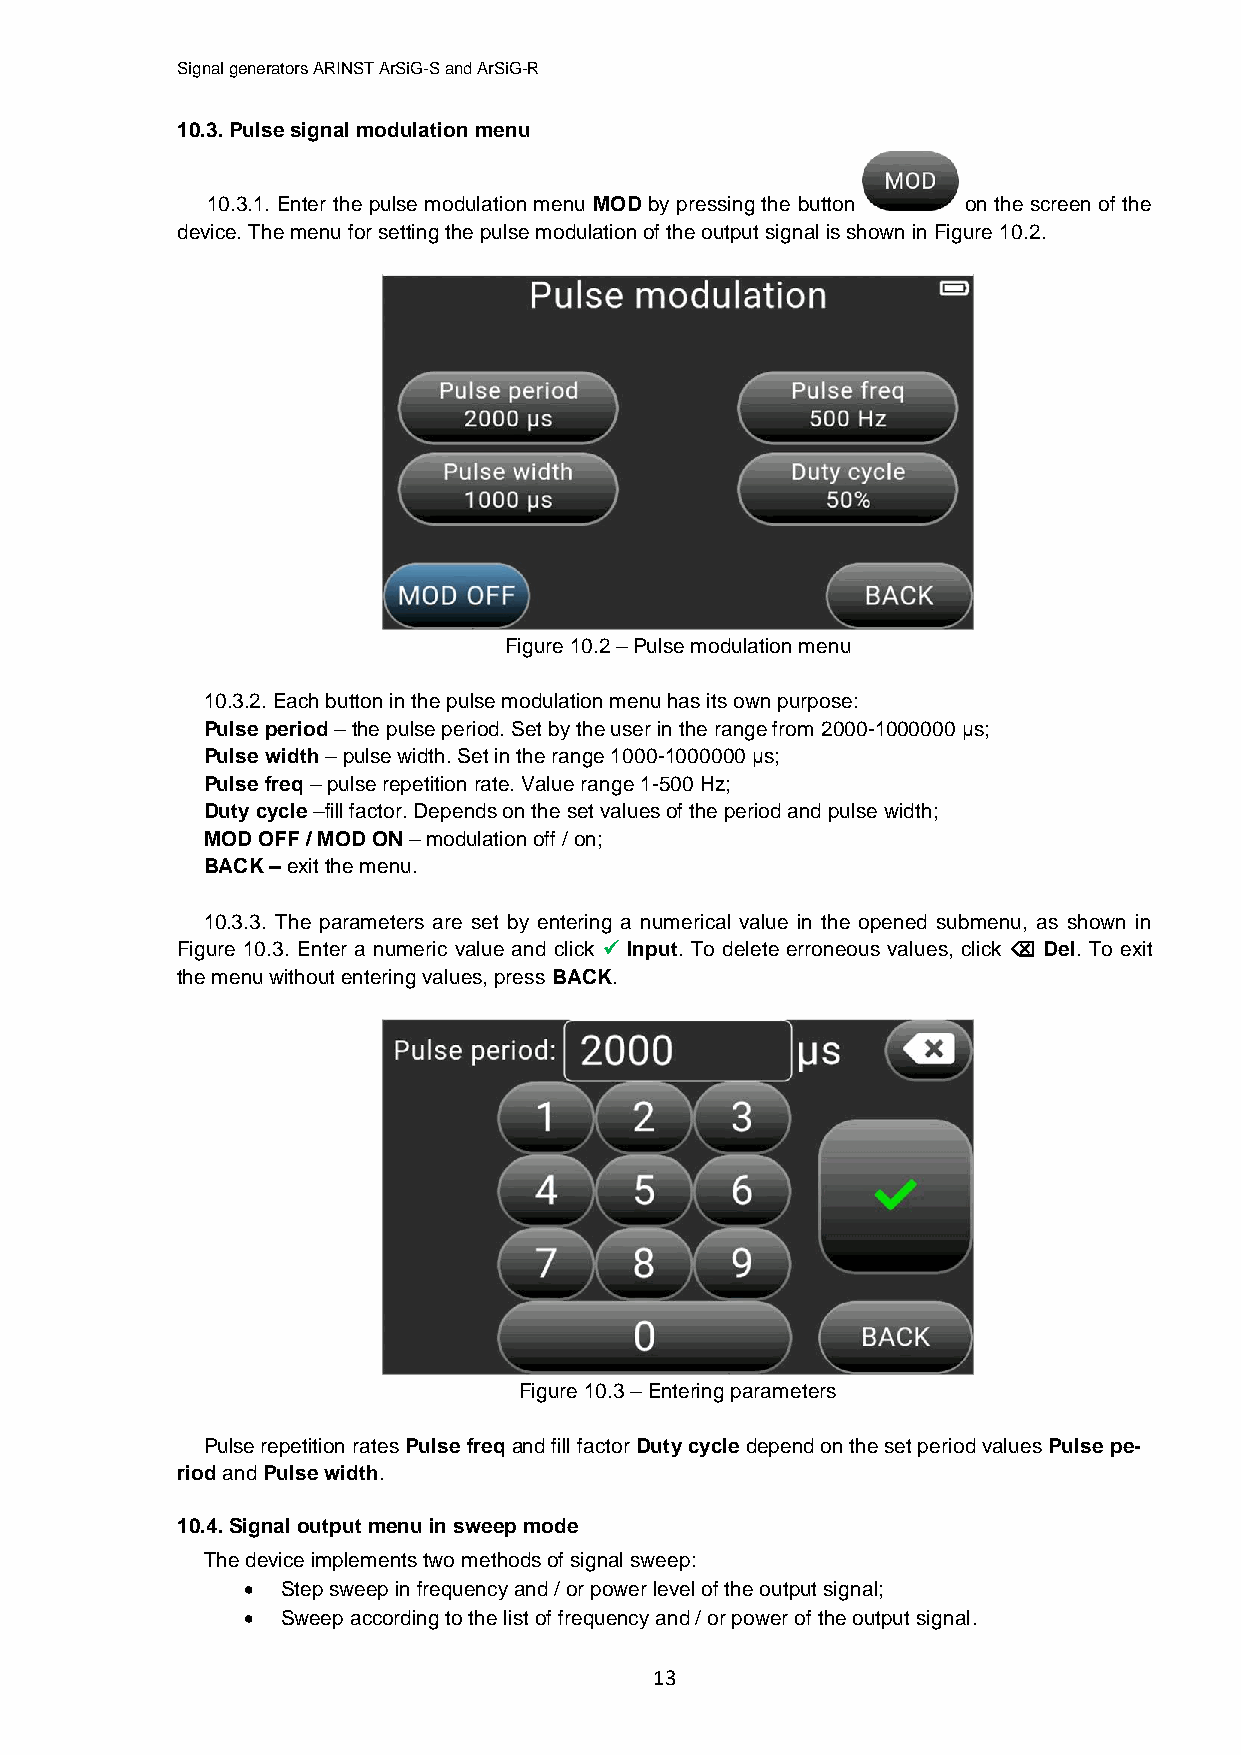
Signal generators ARINST ArSiG-S and ArSiG-R
 10.3. Pulse signal modulation menu
 10.3.1. Enter the pulse modulation menu MOD by pressing the button on the screen of the
 device. The menu for setting the pulse modulation of the output signal is shown in Figure 10.2.
 Figure 10.2 – Pulse modulation menu
 10.3.2. Each button in the pulse modulation menu has its own purpose:
 Pulse period – the pulse period. Set by the user in the range from 2000-1000000 μs;
 Pulse width – pulse width. Set in the range 1000-1000000 μs;
 Pulse freq – pulse repetition rate. Value range 1-500 Hz;
 Duty cycle –fill factor. Depends on the set values of the period and pulse width;
 MOD OFF / MOD ON – modulation off / on;
 BACK – exit the menu.
 10.3.3. The parameters are set by entering a numerical value in the opened submenu, as shown in
 Figure 10.3. Enter a numeric value and click  Input. To delete erroneous values, click  Del. To exit
 the menu without entering values, press BACK.
 Figure 10.3 – Entering parameters
 Pulse repetition rates Pulse freq and fill factor Duty cycle depend on the set period values Pulse pe-
 riod and Pulse width.
 10.4. Signal output menu in sweep mode
 The device implements two methods of signal sweep:
   Step sweep in frequency and / or power level of the output signal;
   Sweep according to the list of frequency and / or power of the output signal.
 13